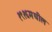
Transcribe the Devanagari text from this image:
१९१६मधील